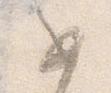
如